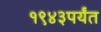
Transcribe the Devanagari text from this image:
१९४३पर्यंत